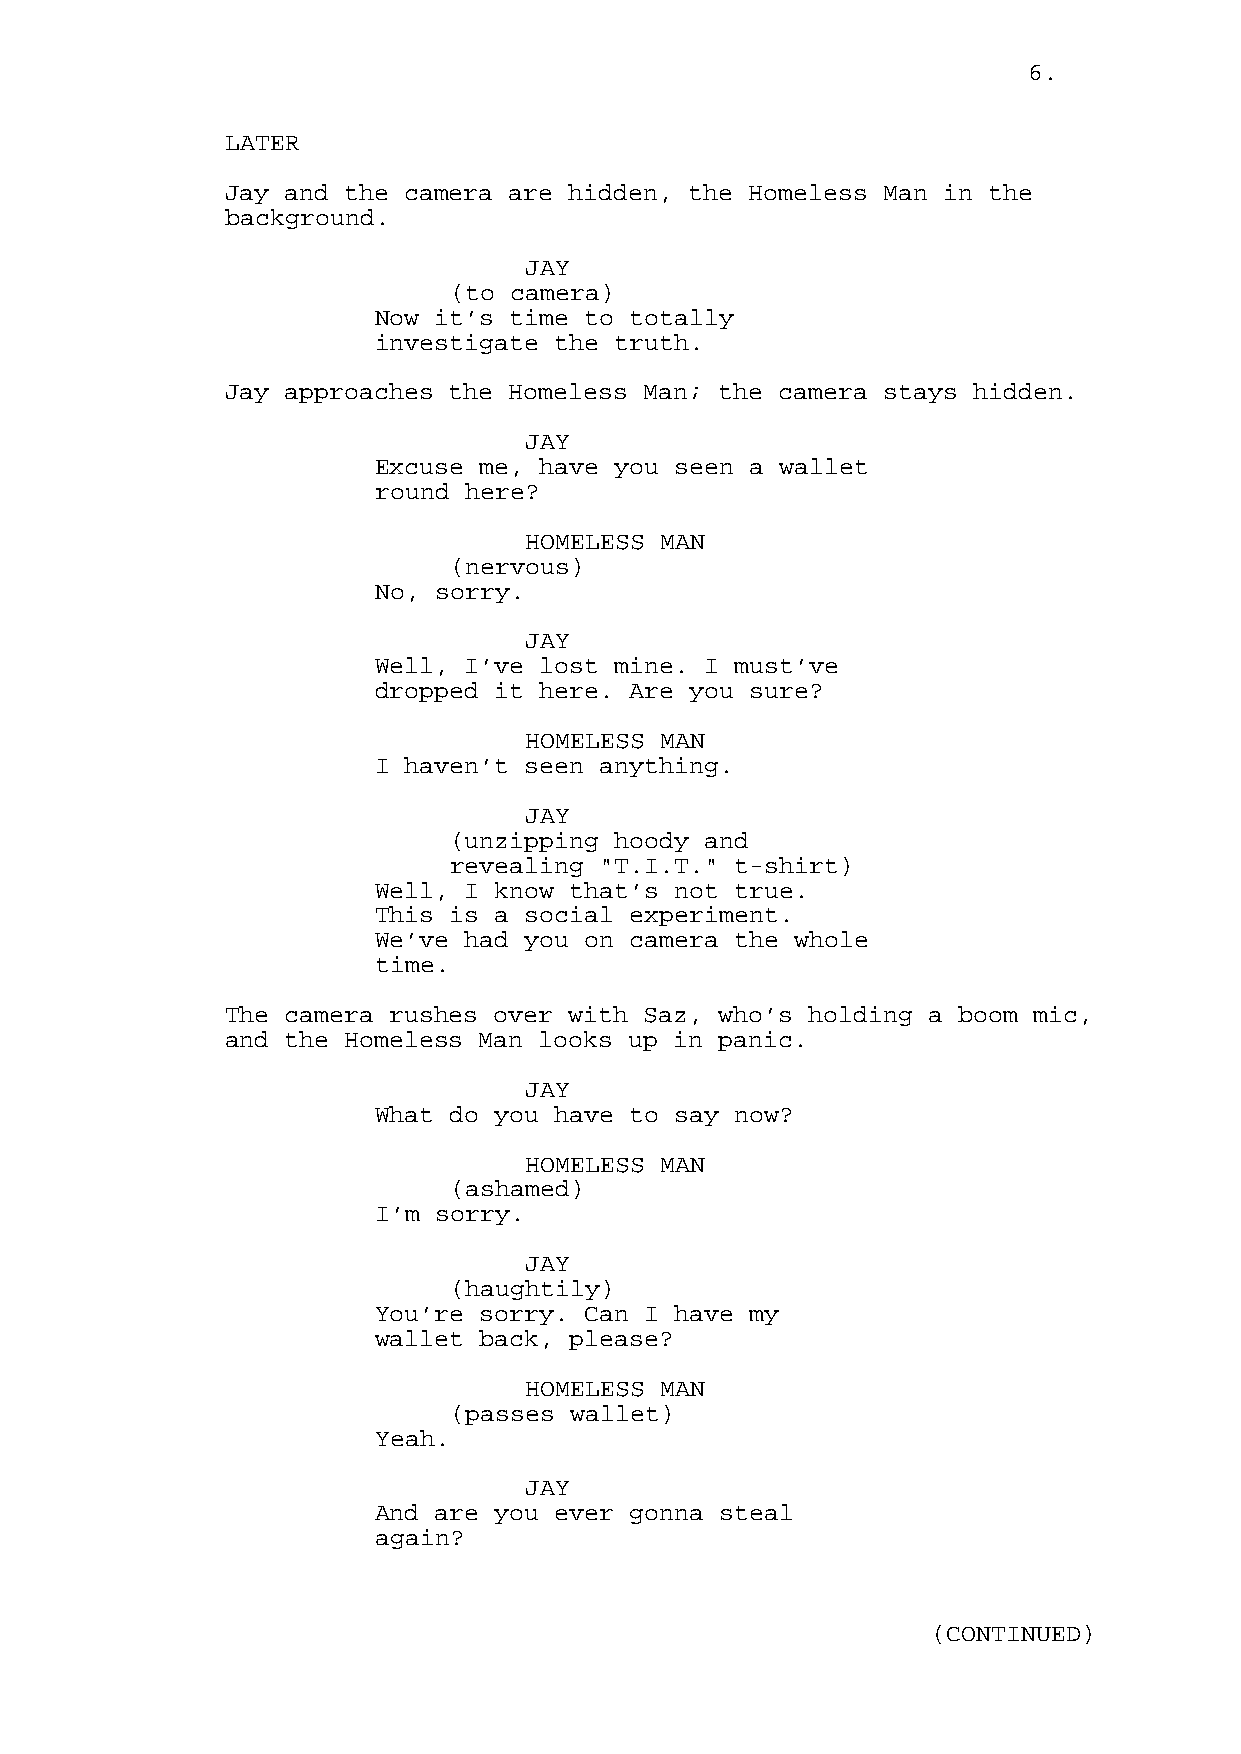
6.
 LATER
 Jay and the camera are hidden, the Homeless Man in the
 background.
 JAY
 (to camera)
 Now it’s time to totally
 investigate the truth.
 Jay approaches the Homeless Man; the camera stays hidden.
 JAY
 Excuse me, have you seen a wallet
 round here?
 HOMELESS MAN
 (nervous)
 No, sorry.
 JAY
 Well, I’ve lost mine. I must’ve
 dropped it here. Are you sure?
 HOMELESS MAN
 I haven’t seen anything.
 JAY
 (unzipping hoody and
 revealing "T.I.T." t-shirt)
 Well, I know that’s not true.
 This is a social experiment.
 We’ve had you on camera the whole
 time.
 The camera rushes over with Saz, who’s holding a boom mic,
 and the Homeless Man looks up in panic.
 JAY
 What do you have to say now?
 HOMELESS MAN
 (ashamed)
 I’m sorry.
 JAY
 (haughtily)
 You’re sorry. Can I have my
 wallet back, please?
 HOMELESS MAN
 (passes wallet)
 Yeah.
 JAY
 And are you ever gonna steal
 again?
 (CONTINUED)